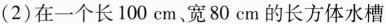
(2) 在一个长 100 cm、宽 80 cm 的长方体水槽